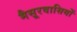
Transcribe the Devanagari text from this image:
मैसूरवासियों